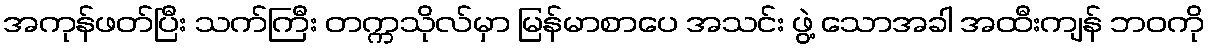
အကုန်ဖတ်ပြီး သက်ကြီး တက္ကသိုလ်မှာ မြန်မာစာပေ အသင်း ဖွဲ့ သောအခါ အထီးကျန် ဘဝကို